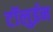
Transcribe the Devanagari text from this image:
टॉलुईन